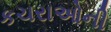
કચરાઓની